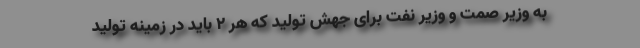
به وزیر صمت و وزیر نفت برای جهش تولید که هر 2 باید در زمینه تولید